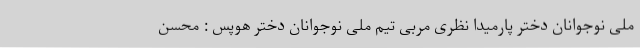
ملی نوجوانان دختر پارمیدا نظری مربی تیم ملی نوجوانان دختر هوپس : محسن